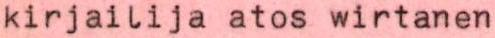
kirjailija atos wirtanen